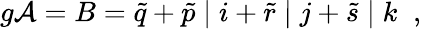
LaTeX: g{\cal A}=B=\tilde{q}+\tilde{p}\; \vert\; i+\tilde{r}\; \vert\; j+\tilde{s}\; \vert\; k\; \; ,